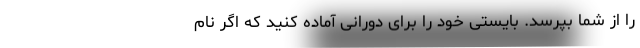
را از شما بپرسد. بایستی خود را برای دورانی آماده کنید که اگر نام